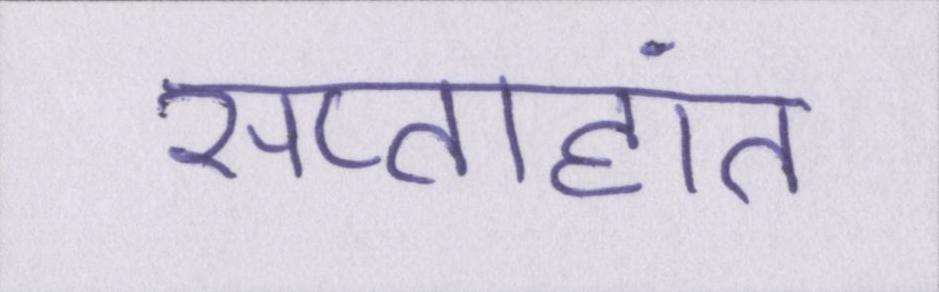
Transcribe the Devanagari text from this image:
सप्ताहांत